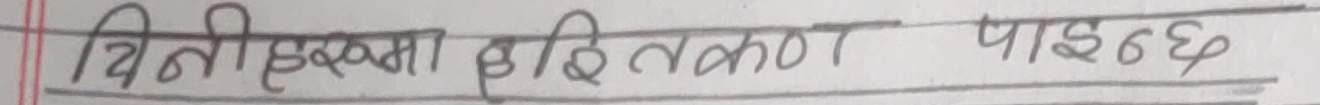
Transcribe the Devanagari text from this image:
विनी हस्मा डार्विन पांइन्छ